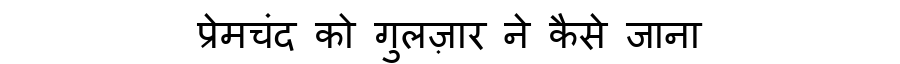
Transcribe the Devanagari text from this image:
प्रेमचंद को गुलज़ार ने कैसे जाना